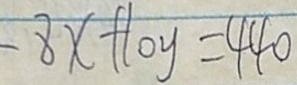
- 8 x + 1 0 y = 4 4 0